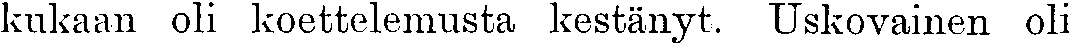
kukaan oli koettelemusta kestänyt. Uskovainen oli